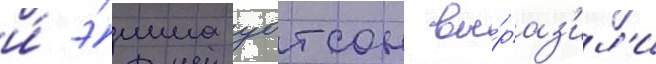
и́ э́мма уотсон вы́раз'ил'и